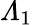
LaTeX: \varLambda_{1}